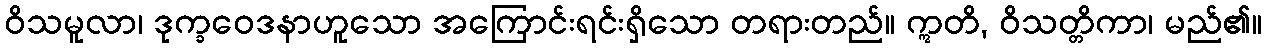
ဝိသမူလာ၊ ဒုက္ခဝေဒနာဟူသော အကြောင်းရင်းရှိသော တရားတည်။ ဣတိ, ဝိသတ္တိကာ၊ မည်၏။